Civil Veterinary Department Bengal reports 1923-33 - 1923-1933
Year: 1923
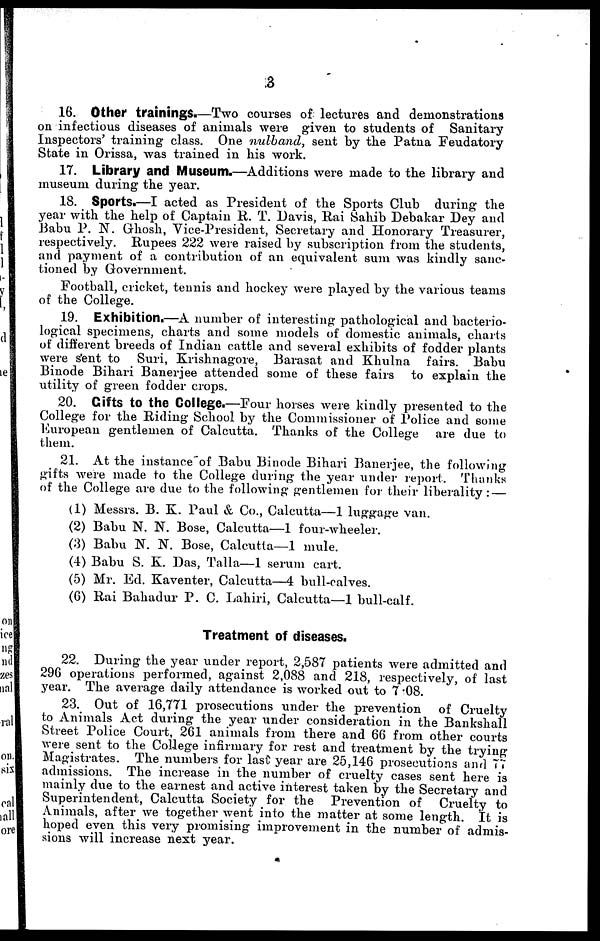
8
16. Other trainings.—Two courses of lectures and demonstrations
on infectious diseases of animals were given to students of Sanitary
Inspectors' training class. One nulband, sent by the Patna Feudatory
State in Orissa, was trained in his work.
17. Library and Museum.—Additions were made to the library and
museum during the year.
18. Sports.—I acted as President of the Sports Club during the
year with the help of Captain R. T. Davis, Rai Sahib Debakar Dey and
Babu P. N. Ghosh, Vice-President, Secretary and Honorary Treasurer,
respectively. Rupees 222 were raised by subscription from the students,
and payment of a contribution of an equivalent sum was kindly sanc-
tioned by Government.
Football, cricket, tennis and hockey were played by the various teams
of the College.
19. Exhibition.—A number of interesting pathological and bacterio-
logical specimens, charts and some models of domestic animals, charts
of different breeds of Indian cattle and several exhibits of fodder plants
were sent to Suri, Krishnagore, Barasat and Khulna fairs. Babu
Binode Bihari Banerjee attended some of these fairs to explain the
utility of green fodder crops.
20. Gifts to the College.—Four horses were kindly presented to the
College for the Riding School by the Commissioner of Police and some
European gentlemen of Calcutta. Thanks of the College are due to
them.
21. At the instance of Babu Binode Bihari Banerjee, the following
gifts were made to the College during the year under report. Thanks
of the College are due to the following gentlemen for their liberality: —
(1) Messrs. B. K. Paul & Co., Calcutta—1 luggage van.
(2) Babu N. N. Bose, Calcutta—1 four-wheeler.
(3) Babu N. N. Bose, Calcutta—1 mule.
(4) Babu S. K. Das, Talla—1 serum cart.
(5) Mr. Ed. Kaventer, Calcutta—4 bull-calves.
(6) Rai Bahadur P. C. Lahiri, Calcutta—1 bull-calf.
Treatment of diseases.
22. During the year under report, 2,587 patients were admitted and
296 operations performed, against 2,088 and 218, respectively, of last
year. The average daily attendance is worked out to 7 .08.
23. Out of 16,771 prosecutions under the prevention of Cruelty
to Animals Act during the year under consideration in the Bankshall
Street Police Court, 261 animals from there and 66 from other courts
were sent to the College infirmary for rest and treatment by the trying
Magistrates. The numbers for last year are 25,146 prosecutions and 77
admissions. The increase in the number of cruelty cases sent here is
mainly due to the earnest and active interest taken by the Secretary and
Superintendent, Calcutta Society for the Prevention of Cruelty to
Animals, after we together went into the matter at some length. It is
hoped even this very promising improvement in the number of admis-
sions will increase next year.